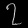
Digit: ၇